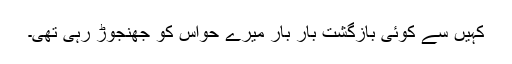
کہیں سے کوئی بازگشت بار بار میرے حواس کو جھنجوڑ رہی تھی۔